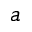
a